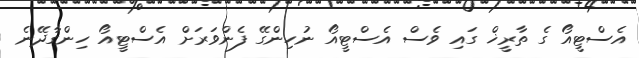
އެސްޓީއޯ ގެ ތާރީޚް ގައި ވެސް އެސްޓީއޯ ނުހިންގޭ ފެންވަރަށް އެސްޓީއޯ ހިންގާދޭނެ